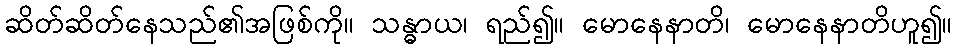
ဆိတ်ဆိတ်နေသည်၏အဖြစ်ကို။ သန္ဓာယ၊ ရည်၍။ မောနေနာတိ၊ မောနေနာတိဟူ၍။